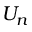
U _ { n }